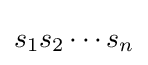
s_{1}s_{2}\cdots s_{n}